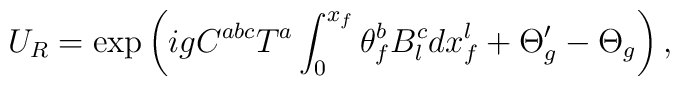
U_{R}=\exp \left( igC^{abc}T^{a}\int_{0}^{x_{f}}\theta^{b}_{f}B^{c}_{l}dx^{l}_{f} + \Theta'_{g}-\Theta_{g}\right),